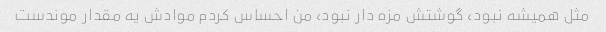
مثل همیشه نبود، گوشتش مزه دار نبود، من احساس کردم موادش یه مقدار موندست